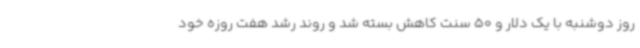
روز دوشنبه با یک دلار و 50 سنت کاهش بسته شد و روند رشد هفت روزه خود